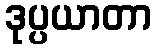
ဒုပ္ပယာတာ